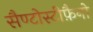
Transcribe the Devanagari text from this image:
सैण्टोस्टीफ़ैनो